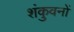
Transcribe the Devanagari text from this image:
शंकुवनों